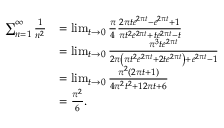
{ \begin{array} { r l } { \sum _ { n = 1 } ^ { \infty } { \frac { 1 } { n ^ { 2 } } } } & { = \operatorname* { l i m } _ { t \to 0 } { \frac { \pi } { 4 } } { \frac { 2 \pi t e ^ { 2 \pi t } - e ^ { 2 \pi t } + 1 } { \pi t ^ { 2 } e ^ { 2 \pi t } + t e ^ { 2 \pi t } - t } } } \\ & { = \operatorname* { l i m } _ { t \to 0 } { \frac { \pi ^ { 3 } t e ^ { 2 \pi t } } { 2 \pi \left( \pi t ^ { 2 } e ^ { 2 \pi t } + 2 t e ^ { 2 \pi t } \right) + e ^ { 2 \pi t } - 1 } } } \\ & { = \operatorname* { l i m } _ { t \to 0 } { \frac { \pi ^ { 2 } ( 2 \pi t + 1 ) } { 4 \pi ^ { 2 } t ^ { 2 } + 1 2 \pi t + 6 } } } \\ & { = { \frac { \pi ^ { 2 } } { 6 } } . } \end{array} }